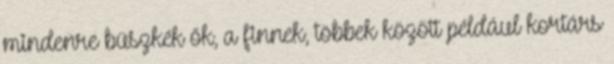
mindenre büszkék ők, a finnek, többek között például kortárs